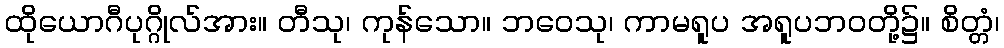
ထိုယောဂီပုဂ္ဂိုလ်အား။ တီသု၊ ကုန်သော။ ဘဝေသု၊ ကာမရူပ အရူပဘဝတို့၌။ စိတ္တံ၊